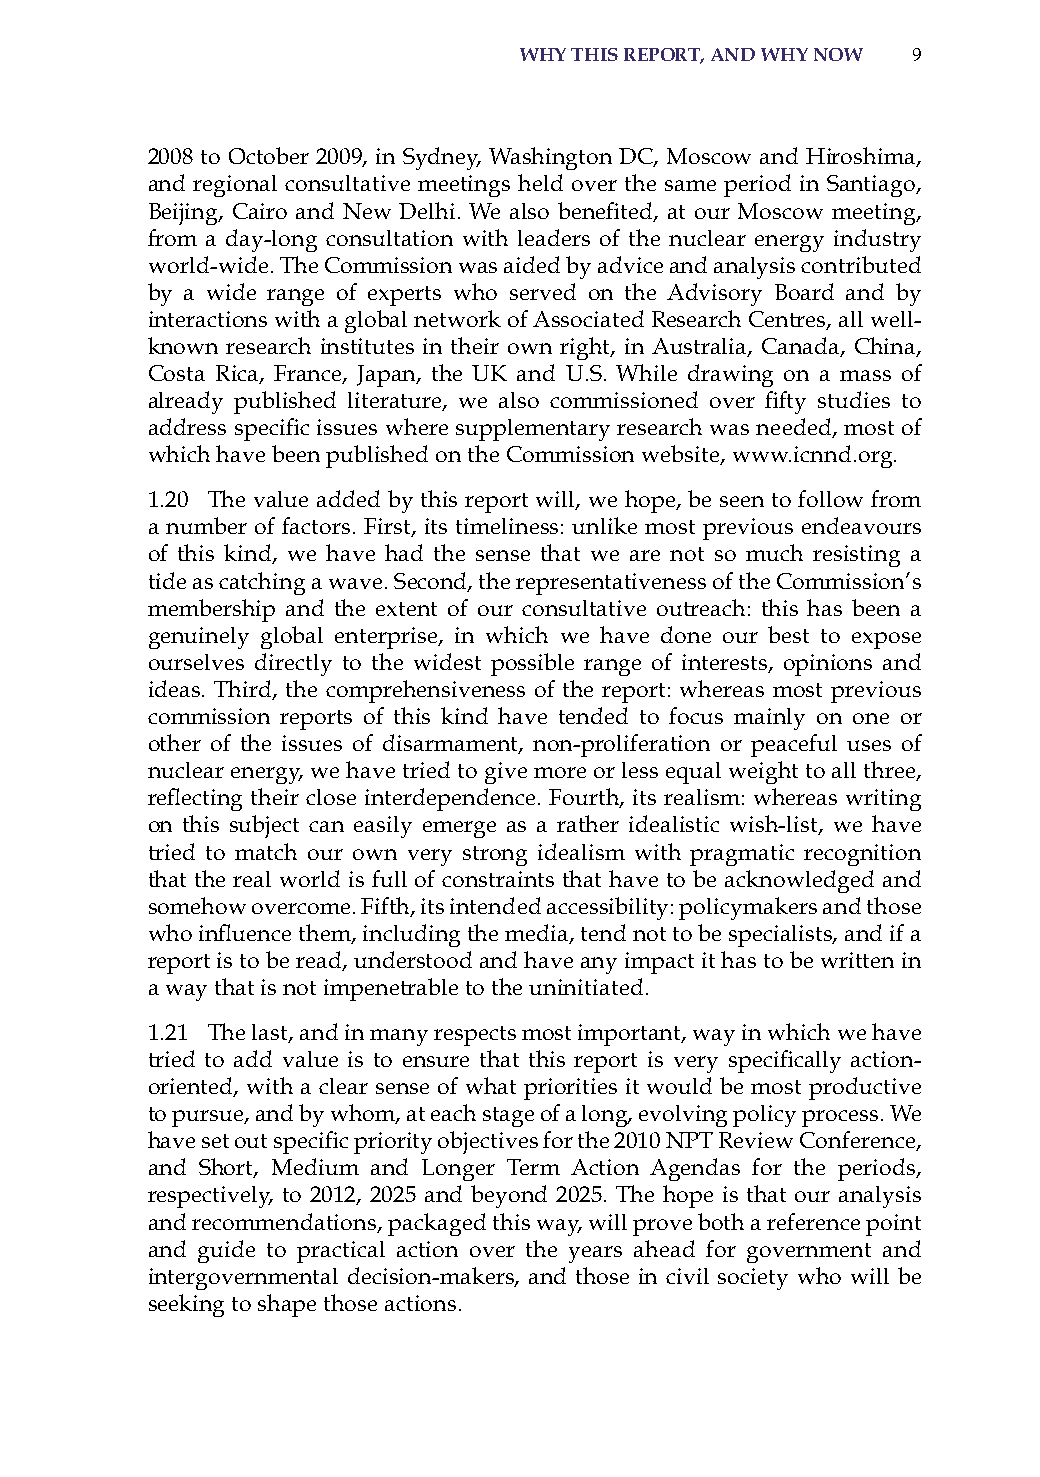
whY this rePort, and whY now 9
 2008 to october 2009, in sydney, Washington DC, Moscow and hiroshima,
 and regional consultative meetings held over the same period in santiago,
 Beijing, Cairo and New Delhi. We also benefited, at our Moscow meeting,
 from a day-long consultation with leaders of the nuclear energy industry
 world-wide. The Commission was aided by advice and analysis contributed
 by a wide range of experts who served on the advisory Board and by
 interactions with a global network of associated research Centres, all well-
 known research institutes in their own right, in australia, Canada, China,
 Costa rica, France, Japan, the UK and U.s. While drawing on a mass of
 already published literature, we also commissioned over fifty studies to
 address specific issues where supplementary research was needed, most of
 which have been published on the Commission website, www.icnnd.org.
 1.20 The value added by this report will, we hope, be seen to follow from
 a number of factors. First, its timeliness: unlike most previous endeavours
 of this kind, we have had the sense that we are not so much resisting a
 tide as catching a wave. second, the representativeness of the Commission’s
 membership and the extent of our consultative outreach: this has been a
 genuinely global enterprise, in which we have done our best to expose
 ourselves directly to the widest possible range of interests, opinions and
 ideas. Third, the comprehensiveness of the report: whereas most previous
 commission reports of this kind have tended to focus mainly on one or
 other of the issues of disarmament, non-proliferation or peaceful uses of
 nuclear energy, we have tried to give more or less equal weight to all three,
 reflecting their close interdependence. Fourth, its realism: whereas writing
 on this subject can easily emerge as a rather idealistic wish-list, we have
 tried to match our own very strong idealism with pragmatic recognition
 that the real world is full of constraints that have to be acknowledged and
 somehow overcome. Fifth, its intended accessibility: policymakers and those
 who influence them, including the media, tend not to be specialists, and if a
 report is to be read, understood and have any impact it has to be written in
 a way that is not impenetrable to the uninitiated.
 1.21 The last, and in many respects most important, way in which we have
 tried to add value is to ensure that this report is very specifically action-
 oriented, with a clear sense of what priorities it would be most productive
 to pursue, and by whom, at each stage of a long, evolving policy process. We
 have set out specific priority objectives for the 2010 NPT Review Conference,
 and short, Medium and Longer Term action agendas for the periods,
 respectively, to 2012, 2025 and beyond 2025. The hope is that our analysis
 and recommendations, packaged this way, will prove both a reference point
 and guide to practical action over the years ahead for government and
 intergovernmental decision-makers, and those in civil society who will be
 seeking to shape those actions.